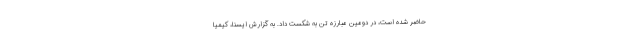
حاضر شده است، در دومین مبارزه تن به شکست داد. به گزارش ایسنا، کیمیا